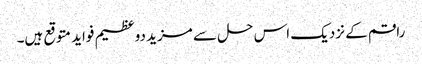
راقم کے نزدیک اس حل سے مزید دوعظیم فواید متوقع ہیں۔